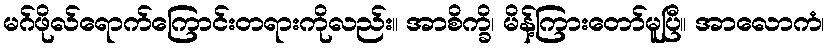
မဂ်ဖိုလ်ရောက်ကြောင်းတရားကိုလည်း။ အာစိက္ခိ၊ မိန့်ကြားတော်မူပြီ။ အာလောကံ၊